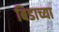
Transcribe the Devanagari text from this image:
बिडाच्या